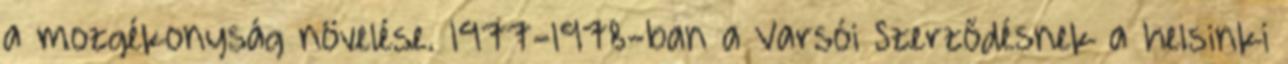
a mozgékonyság növelése. 1977-1978-ban a Varsói Szerződésnek a helsinki